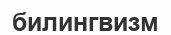
билингвизм